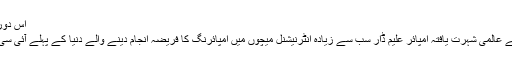
اس دور میں اتنی تیز کرکٹ کھیلنے
لاہور(ویب ڈیسک)پاکستان کے عالمی شہرت یافتہ امپائر علیم ڈار سب سے زیادہ انٹرنیشنل میچوں میں امپائرنگ کا فریضہ انجام دینے والے دنیا کے پہلے آئی سی سی ایلیٹ آفیشل بن گئے ہیں۔